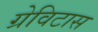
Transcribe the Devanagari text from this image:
ग्रेविटास